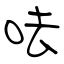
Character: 呿